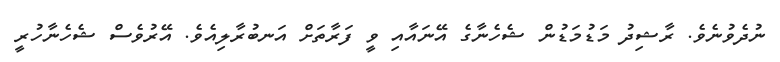
ނުދެވުނެވެ. ރާޝިދު މަޑުމަޑުން ޝެހެނާގެ އޭނައާއި ވީ ފަރާތަށް އަނބުރާލިއެވެ. އޭރުވެސް ޝެހެނާހުރީ